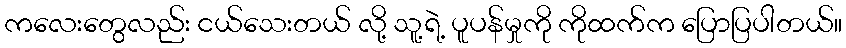
ကလေးတွေလည်း ငယ်သေးတယ် လို့ သူ့ရဲ့ ပူပန်မှုကို ကိုထက်က ပြောပြပါတယ်။